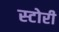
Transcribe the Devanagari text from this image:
स्‍टोरी